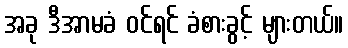
အခု ဒီအာမခံ ဝင်ရင် ခံစားခွင့် များတယ်။